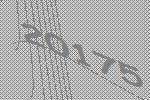
20175